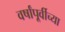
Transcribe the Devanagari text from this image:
वर्षांपू्र्वीच्या